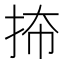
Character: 𪭬